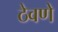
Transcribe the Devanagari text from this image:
ठेवणेे